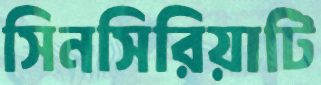
সিনসিরিয়াটি